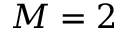
M = 2